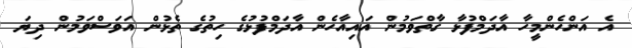
އެ އަންހެންމީހާ އާދަމްފުޅާ ގާތްވަމުން އައިއާހެން އާދަމްފުޅުގެ ހިތުގެ ތެޅުން އަވަސްވަމުން ދިޔަ